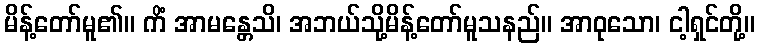
မိန့်တော်မူ၏။ ကိံ အာမန္တေသိ၊ အဘယ်သို့မိန့်တော်မူသနည်။ အာဝုသော၊ ငါ့ရှင်တို့။